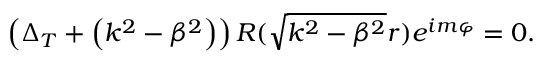
\left( \Delta _ { T } + \left( k ^ { 2 } - \beta ^ { 2 } \right) \right) R ( \sqrt { k ^ { 2 } - \beta ^ { 2 } } r ) e ^ { i m \varphi } = 0 .